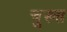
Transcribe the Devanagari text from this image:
चुख्स